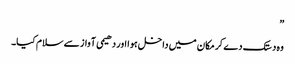
”
وہ دستک دے کر مکان میں داخل ہوا اور دھیمی آواز سے سلام کیا۔